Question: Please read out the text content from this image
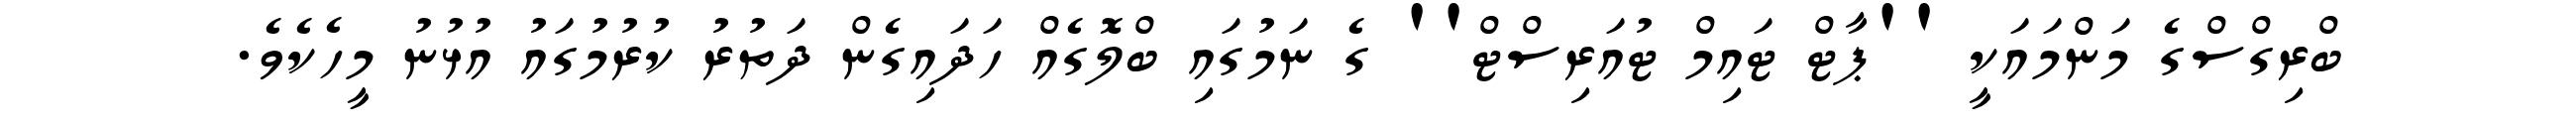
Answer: ބްރިގްސްގެ މަންމައަކީ ''ޕާޓް ޓައިމް ޓުއަރިސްޓް'' ގެ ނަމުގައި ބްލޮގެއް ހަދައިގެން ދަތުރު ކުރުމުގައު އުޅުނު މީހެކެވެ.